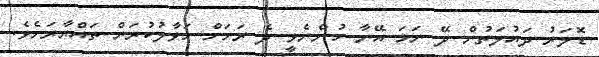
ޑޮލަރު ދައުލަތުން ދޭ ނަމަ އޭނާ ހުންނެވީ ދެ ރަށަށް ހަވާލުކުރަން ތައްޔާރަށެވެ.